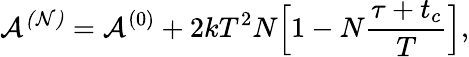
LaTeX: \mathcal{A^{(N)}}=\mathcal{A}^{(0)}+2kT^{2}N\Big[1-N\frac{\tau+t_{c}}{T}\Big],